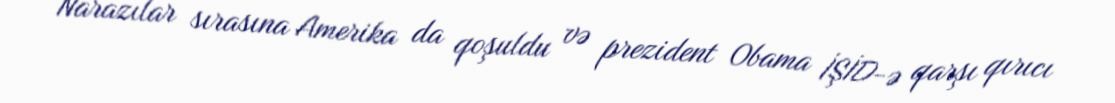
Narazılar sırasına Amerika da qoşuldu və prezident Obama İŞİD-ə qarşı qırıcı